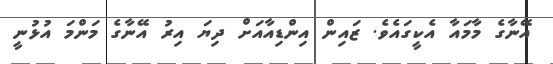
އޭނާގެ މާމައާ އެކީގައެވެ. ޒައިން އިންޑިއާއަށް ދިޔަ އިރު އޭނާގެ މަންމަ އުޅުނީ